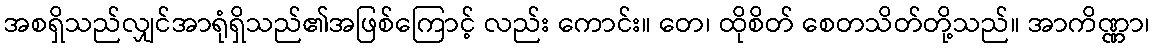
အစရှိသည်လျှင်အာရုံရှိသည်၏အဖြစ်ကြောင့် လည်း ကောင်း။ တေ၊ ထိုစိတ် စေတသိတ်တို့သည်။ အာကိဏ္ဏာ၊